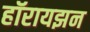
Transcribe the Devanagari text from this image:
हॉरायझन